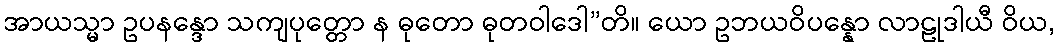
အာယသ္မာ ဥပနန္ဒော သကျပုတ္တော န ဓုတော ဓုတဝါဒေါ”တိ။ ယော ဥဘယဝိပန္နော လာဠုဒါယီ ဝိယ,